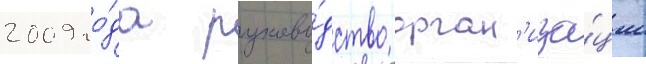
2009 го́да руково́дство орган'иза́ции